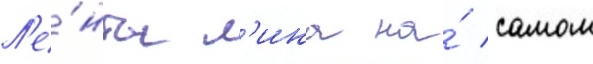
Л'е́нты л'ина на́ самом